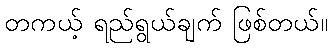
တကယ့် ရည်ရွယ်ချက် ဖြစ်တယ်။